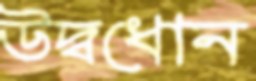
উদ্বধোন